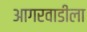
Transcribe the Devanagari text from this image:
आगरवाडीला